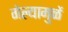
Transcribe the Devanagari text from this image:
गेल्यामुळें